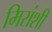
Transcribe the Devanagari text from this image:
मिरांशी